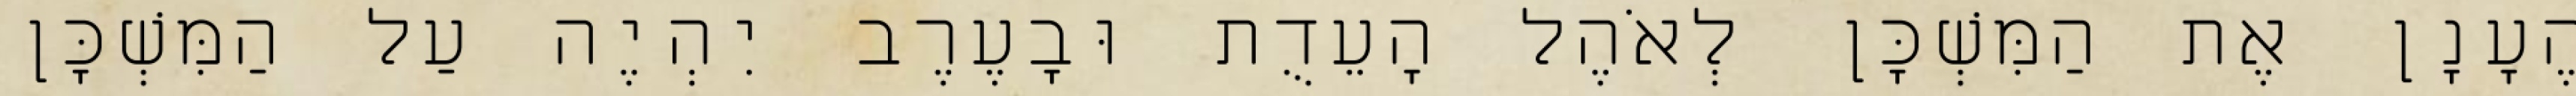
הֶעָנָן אֶת הַמִּשְׁכָּן לְאֹהֶל הָעֵדֻת וּבָעֶרֶב יִהְיֶה עַל הַמִּשְׁכָּן